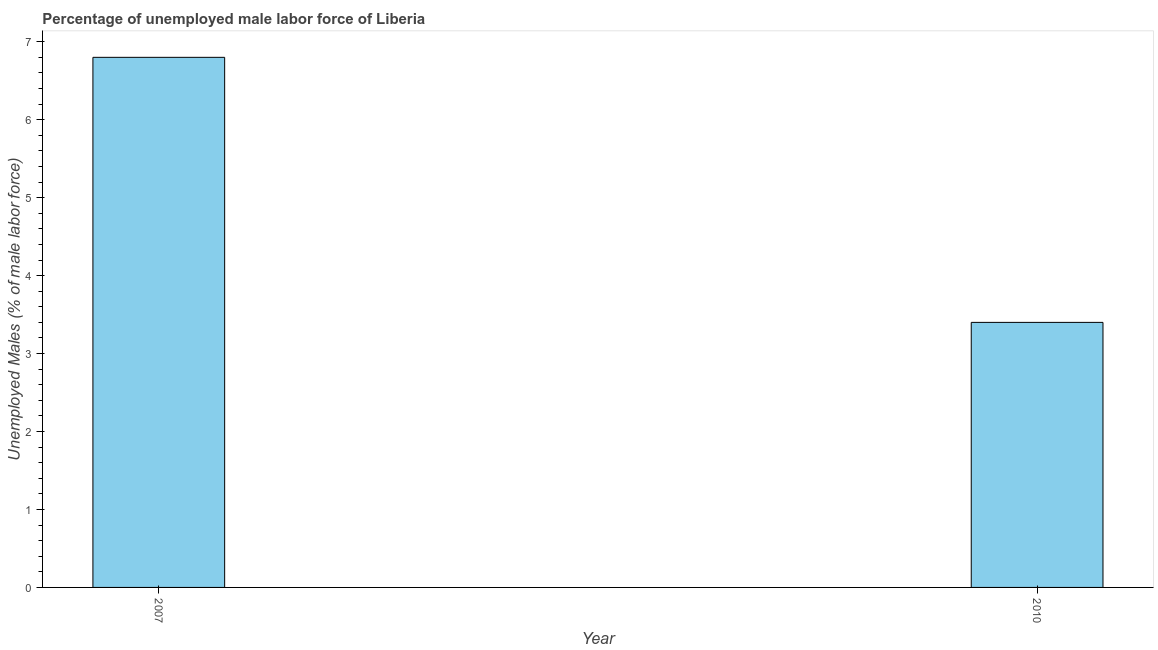
| Year | Unemployment male |
 | --- | --- |
 | 2007 | 6.8 |
 | 2010 | 3.4 |